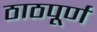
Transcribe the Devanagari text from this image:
ठाठपूर्ण